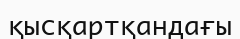
қысқартқандағы